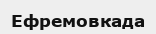
Ефремовкада